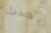
يحدث